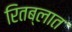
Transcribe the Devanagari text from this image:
रितब्लात